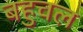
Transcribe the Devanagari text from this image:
बहुचल